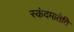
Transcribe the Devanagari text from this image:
स्कंदमातेति